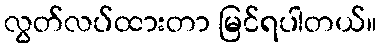
လွတ်လပ်ထားတာ မြင်ရပါတယ်။